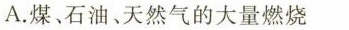
A.煤﹑石油、天然气的大量燃烧